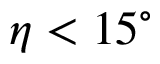
\eta < 1 5 ^ { \circ }